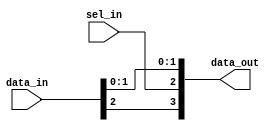
module RV_bits_insert#(

    parameter N    = 3,
    parameter S    = 1,
    parameter POS  = 2

)(
    
    input  wire [N-1 : 0]   data_in,
    input  wire [S-1 : 0]   sel_in,
    output wire [N+S-1 : 0] data_out
    
);

    if (POS == 0) 
    begin
        assign data_out = {data_in, sel_in};
    end else if (POS == N) 
    begin
        assign data_out = {sel_in, data_in};
    end else 
    begin
        assign data_out = {data_in[N-1:POS], sel_in, data_in[POS-1:0]};
    end   

endmodule